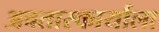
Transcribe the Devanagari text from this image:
अवतारकार्याला